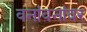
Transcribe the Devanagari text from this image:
वनांवनांवर